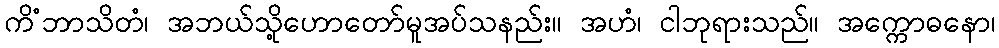
ကိံဘာသိတံ၊ အဘယ်သို့ဟောတော်မူအပ်သနည်း။ အဟံ၊ ငါဘုရားသည်။ အက္ကောဓနော၊